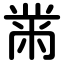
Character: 黹